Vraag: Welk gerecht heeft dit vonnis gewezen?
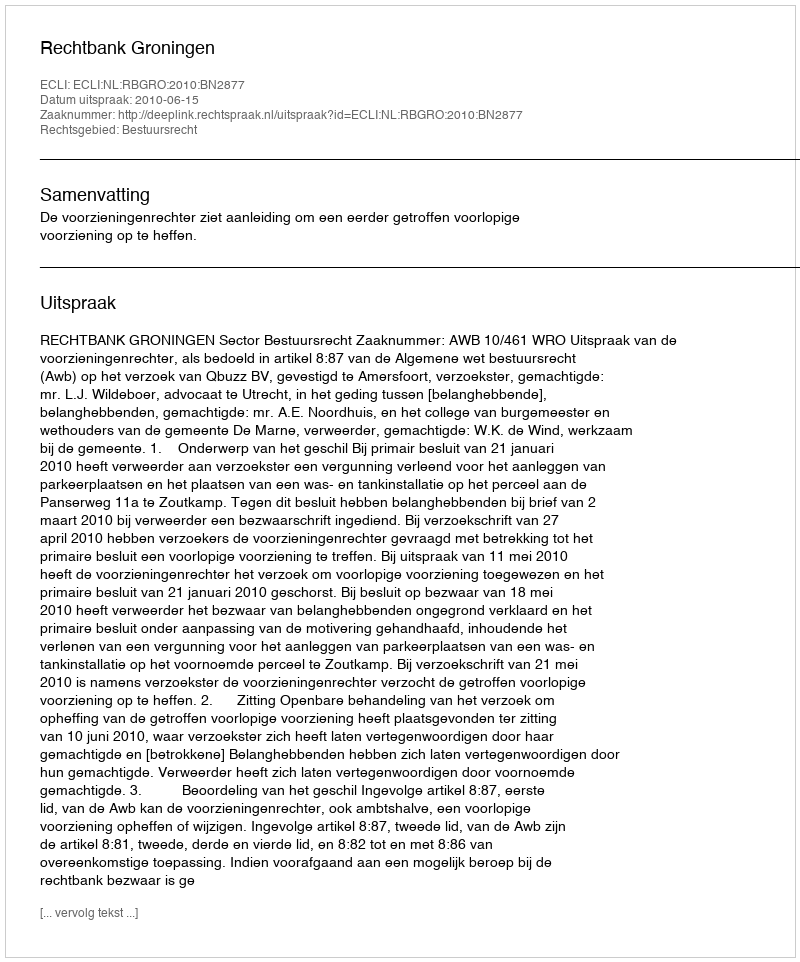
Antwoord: Rechtbank Groningen